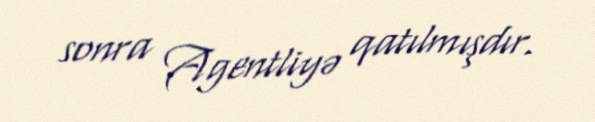
sonra Agentliyə qatılmışdır.